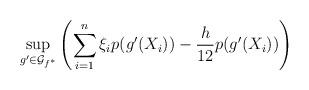
LaTeX: \begin{align*}\sup\limits_{g' \in\mathcal{G}_{f^{*}}}\left(\sum\limits_{i = 1}^{n}\xi_{i}p(g'(X_{i})) - \frac{h}{12}p(g'(X_i))\right)\end{align*}